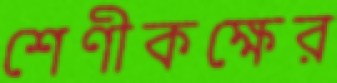
শেণীকক্ষের